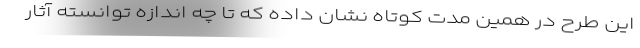
این طرح در همین مدت کوتاه نشان داده که تا چه اندازه توانسته آثار